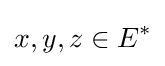
x,y,z\in E^{*}